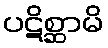
ပဋိစ္ဆာမိ